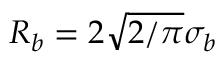
R _ { b } = 2 \sqrt { 2 / \pi } \sigma _ { b }